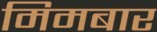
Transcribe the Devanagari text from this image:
मिमबार